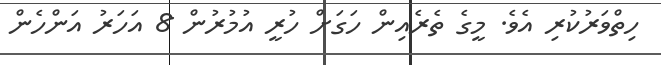
ހިތްވަރުކުރި އެވެ. މީގެ ތެރެއިން ހަގަށް ހުރީ އުމުރުން 8 އަހަރު އަންހެން